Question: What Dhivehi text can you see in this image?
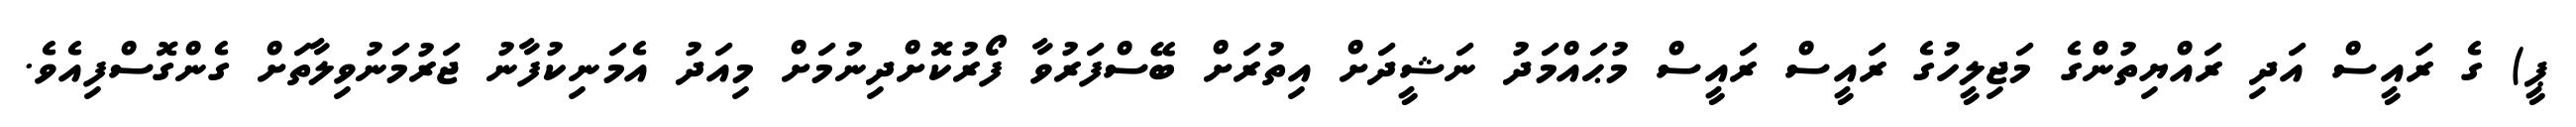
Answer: ޕީ) ގެ ރައީސް އަދި ރައްޔިތުންގެ މަޖިލީހުގެ ރައީސް ރައީސް މުޙައްމަދު ނަޝީދަށް އިތުރަށް ބޭސްފަރުވާ ފޯރުކޮށްދިނުމަށް މިއަދު އެމަނިކުފާނު ޖަރުމަނުވިލާތަށް ގެންގޮސްފިއެވެ.